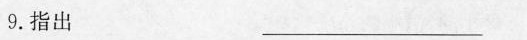
9. 指出 ________